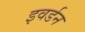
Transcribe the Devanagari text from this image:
इवर्डन